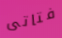
فتاتى